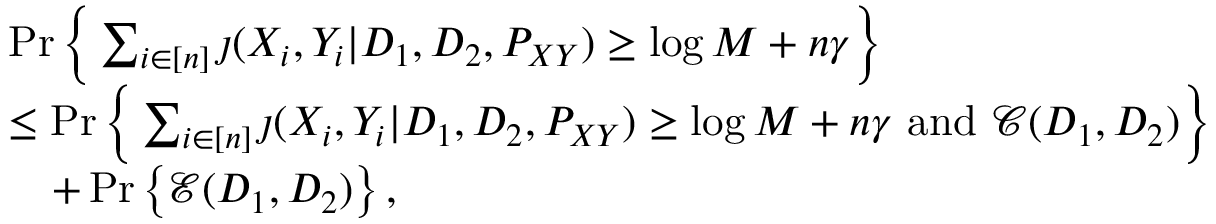
\begin{array} { r l } & { \operatorname* { P r } \Big \{ \sum _ { i \in [ n ] } \jmath ( X _ { i } , Y _ { i } | D _ { 1 } , D _ { 2 } , P _ { X Y } ) \geq \log M + n \gamma \Big \} } \\ & { \leq \operatorname* { P r } \Big \{ \sum _ { i \in [ n ] } \jmath ( X _ { i } , Y _ { i } | D _ { 1 } , D _ { 2 } , P _ { X Y } ) \geq \log M + n \gamma \mathrm { ~ a n d ~ } \mathcal { C } ( D _ { 1 } , D _ { 2 } ) \Big \} } \\ & { \quad + \operatorname* { P r } \left\{ \mathcal { E } ( D _ { 1 } , D _ { 2 } ) \right\} , } \end{array}